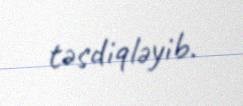
təsdiqləyib.